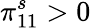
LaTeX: \pi_{11}^{s}>0